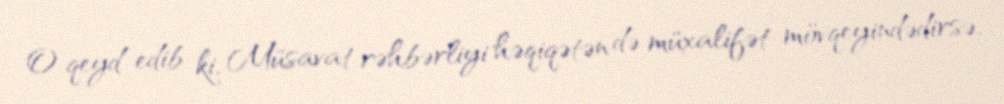
O qeyd edib ki, Müsavat rəhbərliyi həqiqətən də müxalifət mövqeyindədirsə,